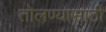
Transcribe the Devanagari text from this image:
तोलण्यासाठी